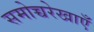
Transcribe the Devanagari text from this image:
समोच्चरेखाएँ